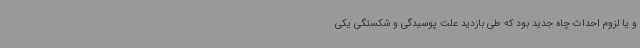
و یا لزوم احداث چاه جدید بود که طی بازدید علت پوسیدگی و شکستگی یکی